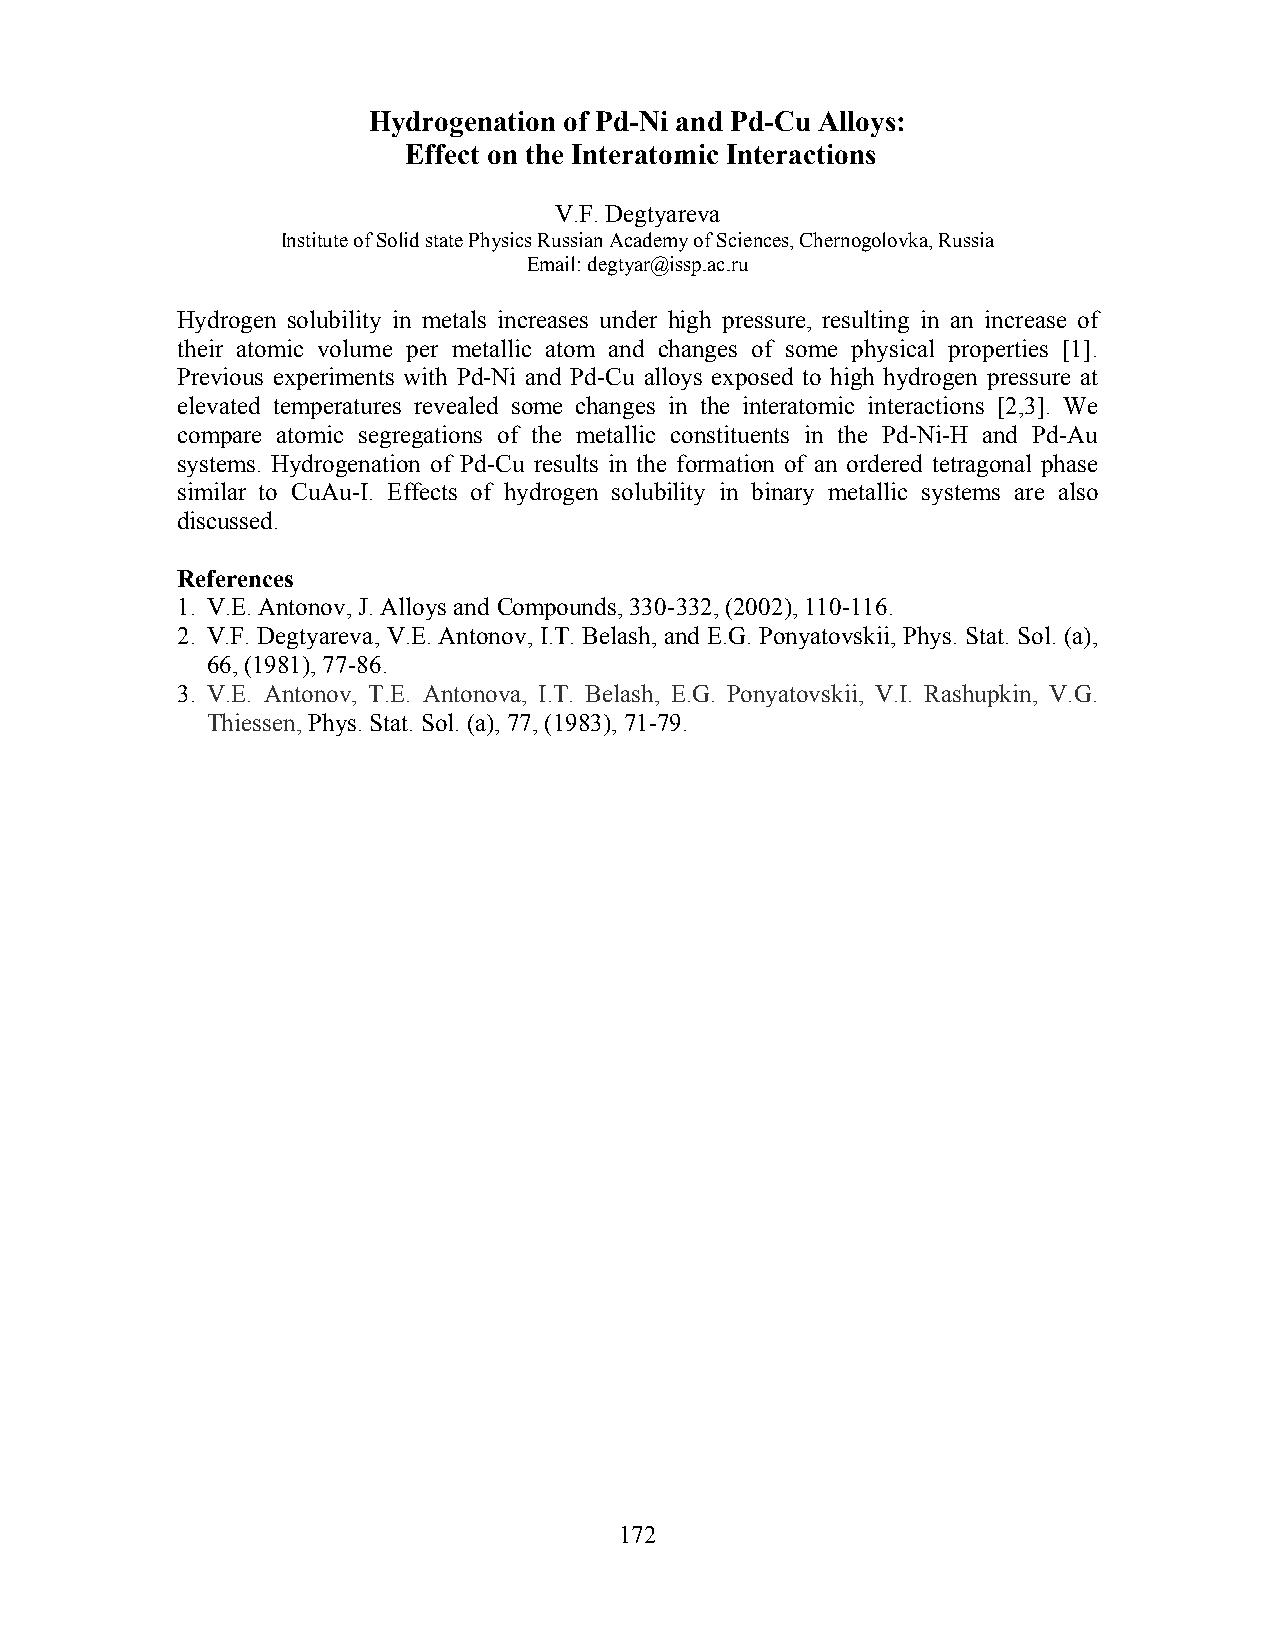
Hydrogenation of Pd-Ni and Pd-Cu Alloys:
 Effect on the Interatomic Interactions
 V.F. Degtyareva
 Institute of Solid state Physics Russian Academy of Sciences, Chernogolovka, Russia
 Email: degtyar@issp.ac.ru
 Hydrogen solubility in metals increases under high pressure, resulting in an increase of
 their atomic volume per metallic atom and changes of some physical properties [1].
 Previous experiments with Pd-Ni and Pd-Cu alloys exposed to high hydrogen pressure at
 elevated temperatures revealed some changes in the interatomic interactions [2,3]. We
 compare atomic segregations of the metallic constituents in the Pd-Ni-H and Pd-Au
 systems. Hydrogenation of Pd-Cu results in the formation of an ordered tetragonal phase
 similar to CuAu-I. Effects of hydrogen solubility in binary metallic systems are also
 discussed.
 References
 1. V.E. Antonov, J. Alloys and Compounds, 330-332, (2002), 110-116.
 2. V.F. Degtyareva, V.E. Antonov, I.T. Belash, and E.G. Ponyatovskii, Phys. Stat. Sol. (a),
 66, (1981), 77-86.
 3. V.E. Antonov, T.E. Antonova, I.T. Belash, E.G. Ponyatovskii, V.I. Rashupkin, V.G.
 Thiessen, Phys. Stat. Sol. (a), 77, (1983), 71-79.
 172